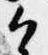
候